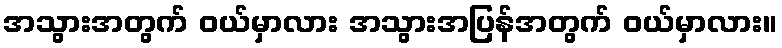
အသွားအတွက် ဝယ်မှာလား အသွားအပြန်အတွက် ဝယ်မှာလား။